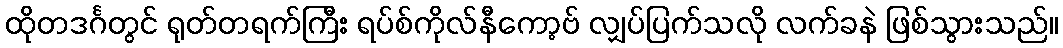
ထိုတဒင်္ဂတွင် ရုတ်တရက်ကြီး ရပ်စ်ကိုလ်နီကော့ဗ် လျှပ်ပြက်သလို လက်ခနဲ ဖြစ်သွားသည်။